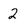
Character: 2